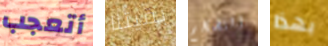
أتعجب بقيتنا التضخم بهذا